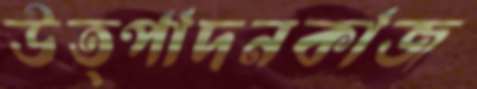
উত্পাদনকাজ